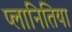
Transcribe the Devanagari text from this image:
प्लानितिया